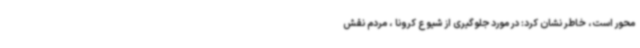
محور است، خاطر نشان کرد: در مورد جلوگیری از شیوع کرونا ، مردم نقش